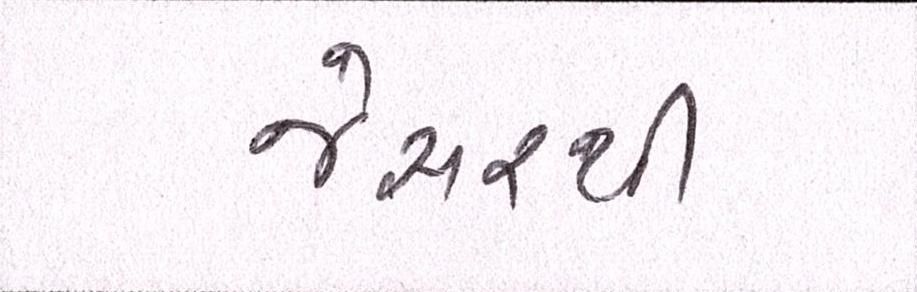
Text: જેસરથી